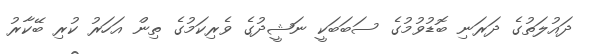
ދައުލަތުގެ ދަރަނި ބޮޑުވުމުގެ ސަބަބަކީ ނަޝީދުގެ ވެރިކަމުގެ ތިން އަހަރު ކުރި ބޭކާރު